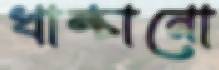
খাম্‌চানো